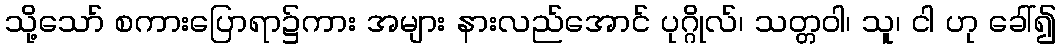
သို့သော် စကားပြောရာ၌ကား အများ နားလည်အောင် ပုဂ္ဂိုလ်၊ သတ္တဝါ၊ သူ၊ ငါ ဟု ခေါ်၍